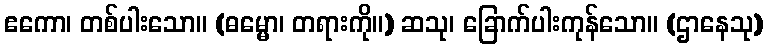
ဧကော၊ တစ်ပါးသော။ (ဓမ္မော၊ တရားကို။) ဆသု၊ ခြောက်ပါးကုန်သော။ (ဌာနေသု)